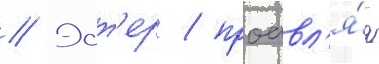
// Эст'ер / проавл'я́я